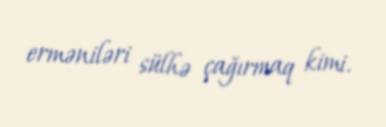
erməniləri sülhə çağırmaq kimi.